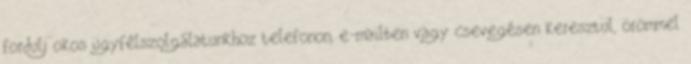
fordulj okos ügyfélszolgálatunkhoz telefonon, e-mailben vagy csevegésen keresztül, örömmel